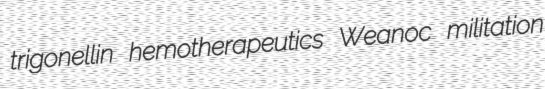
trigonellin hemotherapeutics Weanoc militation